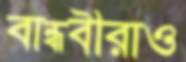
বান্ধবীরাও